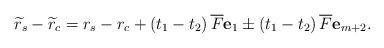
LaTeX: \begin{align*}\widetilde{r}_{s}-\widetilde{r}_{c}= r_{s}-r_{c} +\left( t_{1}-t_{2}\right)\overline{F} \mathbf{e}_{1} \pm\left( t_{1}-t_{2}\right) \overline{F} \mathbf{e}_{m+2} .\end{align*}